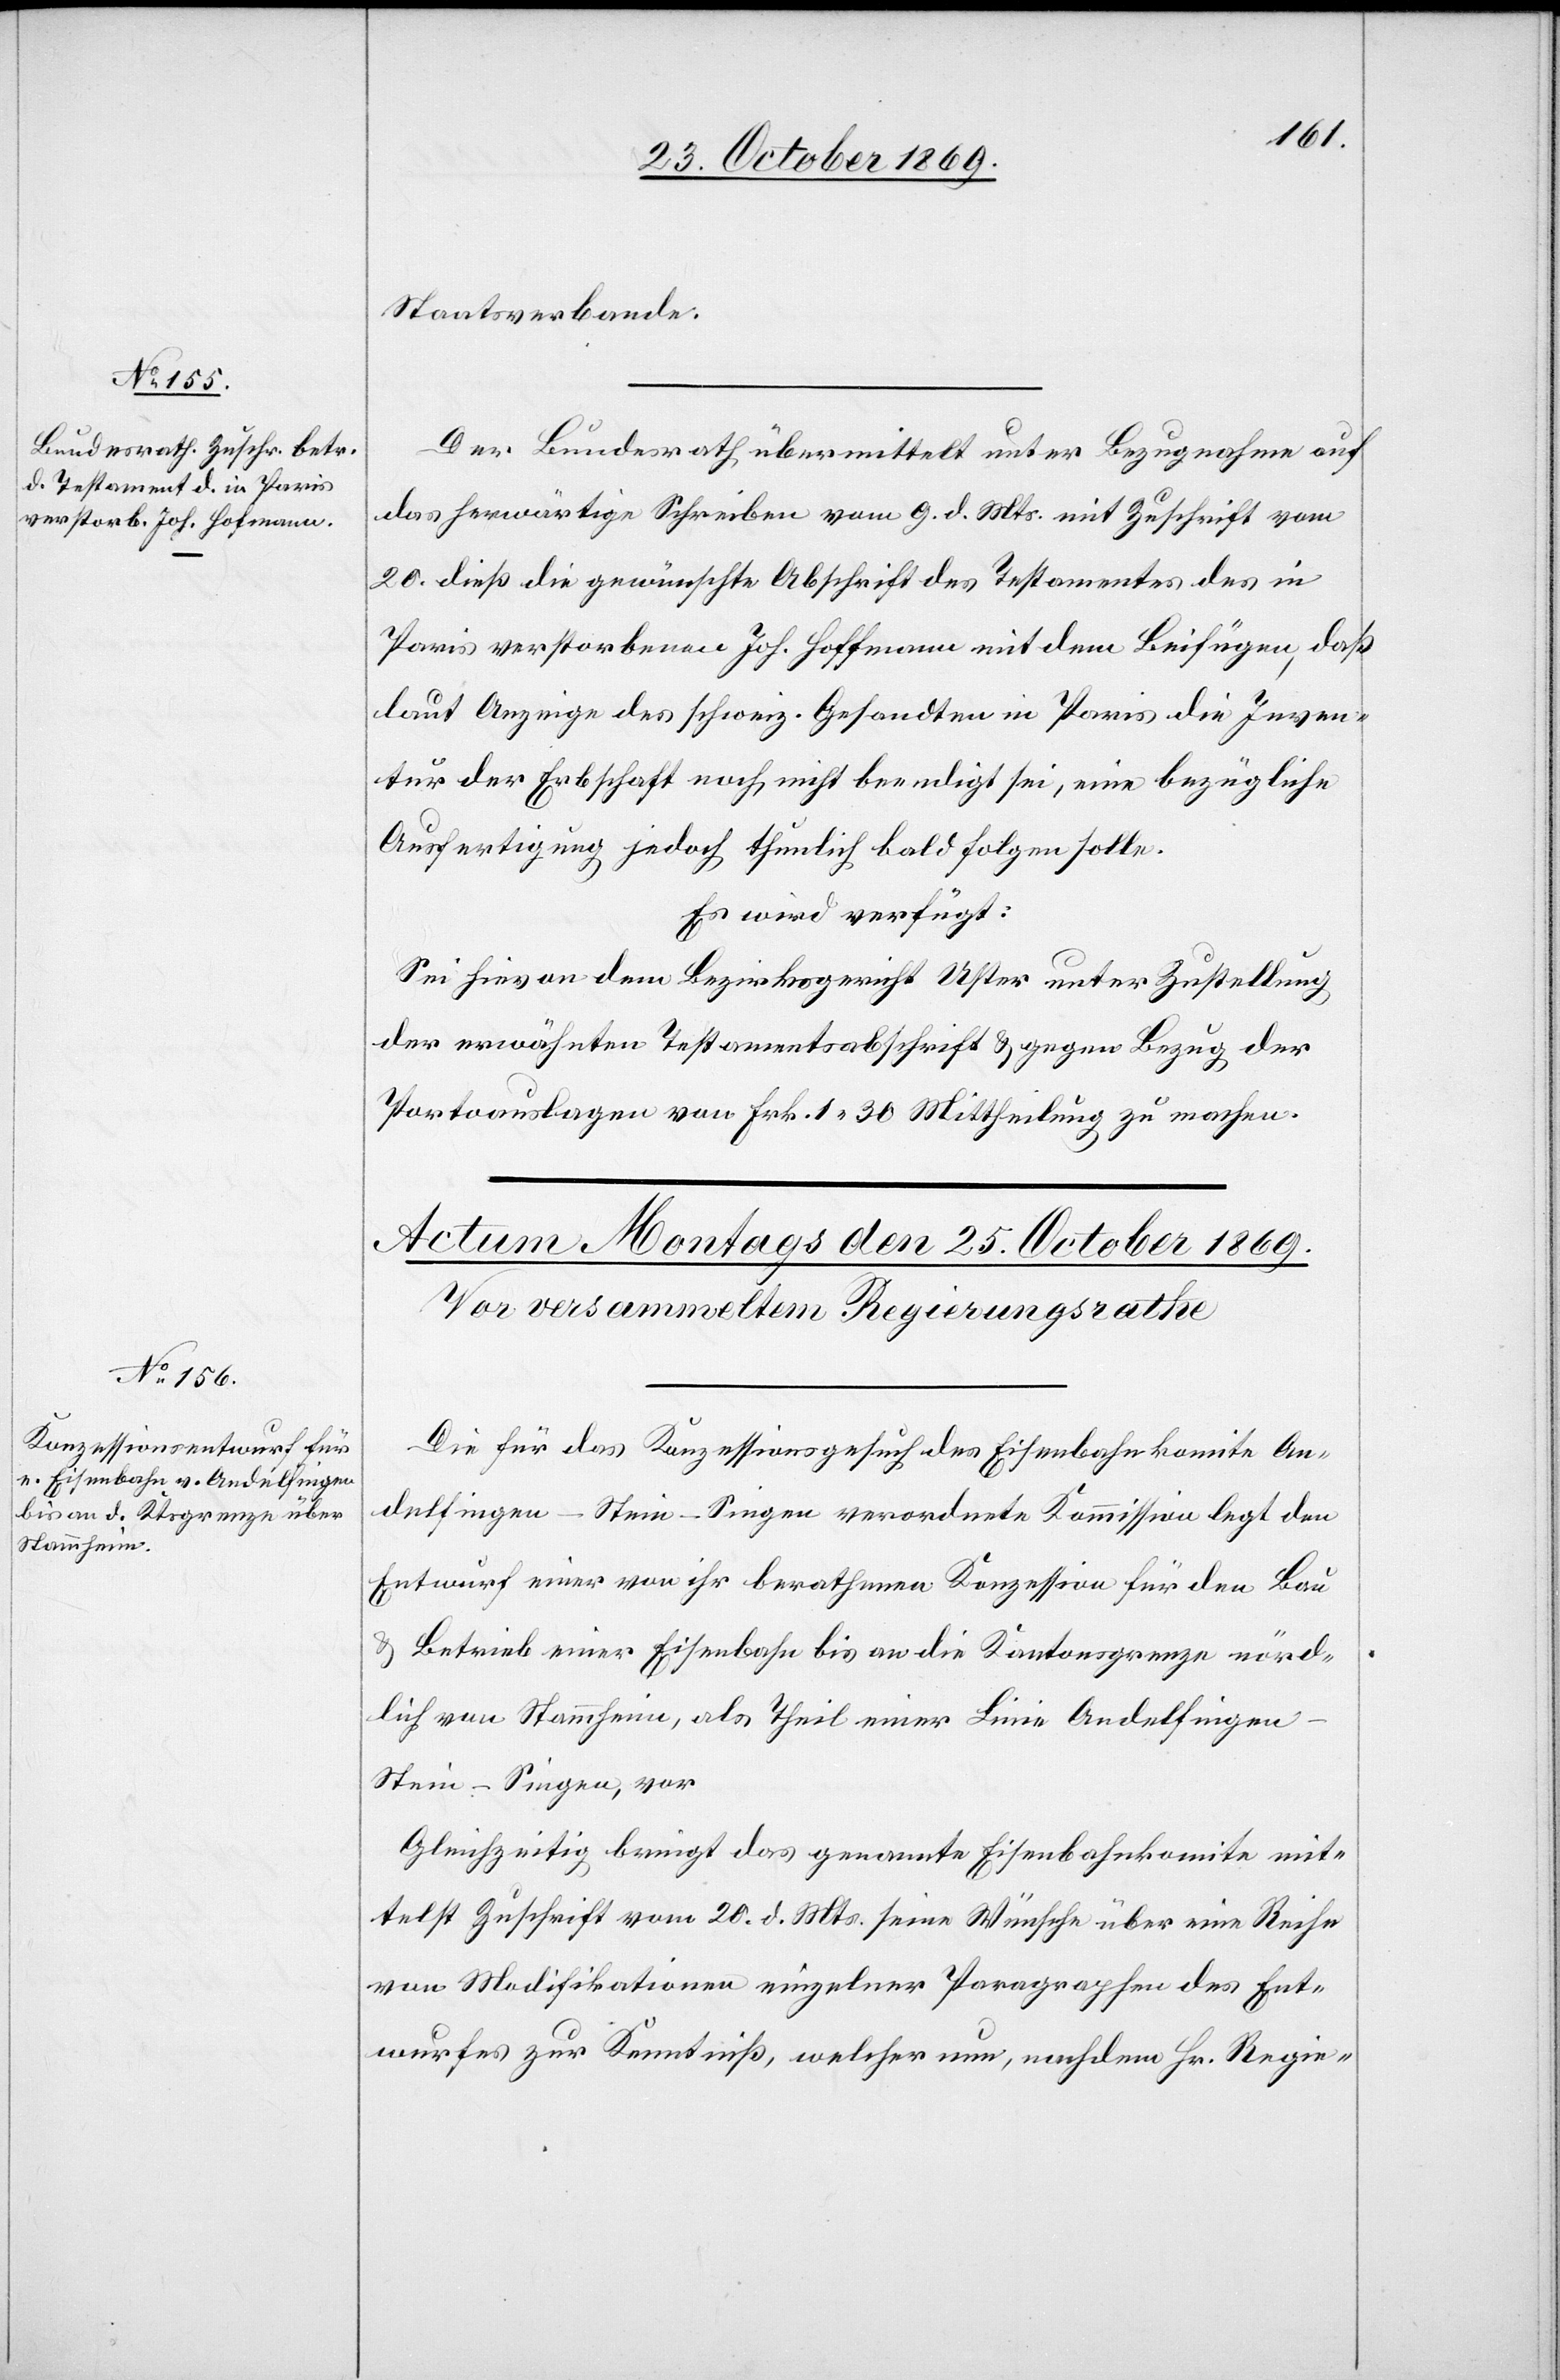
23. October 1869.]
Staatsverbande.
Der Bundesrath übermittelt unter Bezugnahme auf
das herwärtige Schreiben vom 9. d. Mts. mit Zuschrift vom
20. dieß die gewünschte Abschrift des Testamentes des in
Paris verstorbenen Joh. Hoffmann [sic!] mit dem Beifügen, daß
laut Anzeige des schweiz. Gesandten in Paris die Inven¬
tur der Erbschaft noch nicht beendigt sei, eine bezügliche
Ausfertigung jedoch thunlich bald folgen solle.
Es wird verfügt:
Sei hievon dem Bezirksgericht Uster unter Zustellung
der erwähnten Testamentsabschrift & gegen Bezug der
Portoauslagen von Frk. 1.30 Mittheilung zu machen.
Die für das Konzessionsgesuch des Eisenbahnkomite An¬
delfingen–Stein–Singen verordnete Kommission legt den
Entwurf einer von ihr berathenen Konzession für den Bau
& Betrieb einer Eisenbahn bis an die Kantonsgrenze nörd¬
lich von Stammheim, als Theil einer Linie Andelfinge¬
n–Stein–Singen, vor
Gleichzeitig bringt das genannte Eisenbahnkomite mit¬
telst Zuschrift vom 20. d. Mts. seine Wünsche über eine Reihe
von Modifikationen einzelner Paragraphen des Ent¬
wurfes zur Kenntniß, welcher nun, nachdem Hr. Regie-